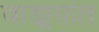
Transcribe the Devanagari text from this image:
वाड्मयांत